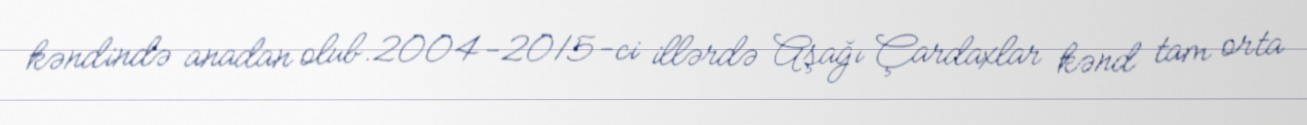
kəndində anadan olub.2004-2015-ci illərdə Aşağı Çardaxlar kənd tam orta